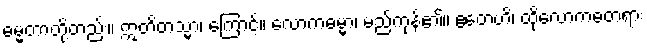
ဓမ္မတာတို့တည်း။ ဣတိတသ္မာ၊ ကြောင့်။ လောကဓမ္မာ၊ မည်ကုန်၏။ ဧတေဟိ၊ ထိုလောကဓံတရား